Scottish Leaving Certificate Examination, 1960
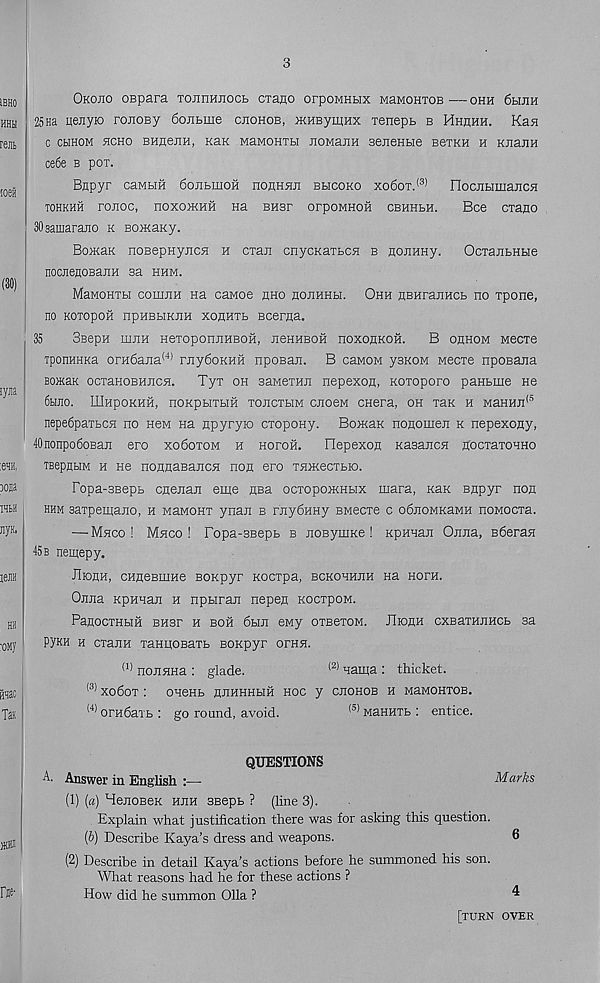
3
Okojio oepara TOJinHjioct CTano orpoMHHx MaMOHTOB •— ohh 6hjih
25Ha Lienyio ronoBy 6ojibme cjiohob, mHEymax Tenepb b Hhhhh. Kan
C CbIHOM 5ICHO BHnenH, KaK MaMOHTBI JIOMaJIH BejieHBie BeTKH H KJiajlH
ce6e b pox.
Bnpyr caMHH 6onbmoH noflH^ji bhcoko xo6ot. (3)
rtocjibimajicH
TOHKHH rOJIOC, nOXO>KHH Ha BH3r OrpOMHOH CBHHBH.
Bee CTanO
SOsamaraiio k BomaKy.
BoiKaK noBepnyjicH h cxaii cnycKaibCH b nojiHHy.
OcTaHbHbie
nocnenoBajiH sa hhm.
MaMOHTbi couuiH na canoe hho hohhhh. Ohh nBHrajiHCb no Tpone,
no KOTopoH npHBHKJiH xoflHTb Bcerna.
35
BeepH hijih HeToponjiHBOH, jichheoh noxonKofi.
B ohhom Mecie
TponHHKa orH6ajia <4) rnyfioKHH npoBan. B cawoM ysKOM Mecxe nposajia
BomaK ocTaHOBHHCH. Tyx oh saweTHii nepexon, Koxoporo paHbme He
6bmo. IIIhpokhh, noKpHXHH xojicxhm cnoeM cnera, oh xan h MaHHJi* 5
nepe6paxbCH no hcm na npyryio exopony. BomaK nonomen k nepexony,
40nonpo6oBan ero xo6oxom h Horon.
Ilepexon KasancH nocxaxoHHo
TBepnbiM h He noHnasajicH non ero xnmecxbio.
Popa-BBepb cnenaji eme nsa ocxopomHbix mara, Kan Bnpyr non
hhm saxpemano, h MaMonx ynan b r'nydHHy Bwecxe c o6noMKaMH noMocxa.
— Mhco ! Mhco ! Popa-SBepb b jioBymKe ! KpHHan Onna, B6eran
45 b nemepy.
JIionH, CHneBiiiHe BOKpyr Kocxpa, bckohhjih na hoxh.
Onna KpHHan h npnran nepen KoexpoM.
PanocxHHH BHsr h boh 6bin eMy oxsexoM. JIionH cxBaxHnHCb sa
P'/kh h exann xaHnoBaxb Bonpyr oran.
(1) nonnHa : glade.
(2) nama : thicket.
(3) xo6ox : oneHb nnHHHHH hoc y chohob h MaMOHxoB.
(4) orndaxb : go round, avoid.
(5) MaHHXb : entice.
QUESTIONS
A. Answer in English :—-
Marks
(1) (a) BenOBeK hhh SBepb ? (line 3).
. Explain what justification there was for asking this question.
(6) Describe Kaya’s dress and weapons.
6
(2) Describe in detail Kaya’s actions before he summoned his son.
What reasons had he for these actions ?
How did he summon Olla ?
^
[turn over